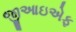
જીઆઇએફ